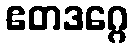
ဧတဒဂ္ဂေ